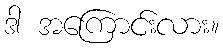
ဒါ အကြောင်းလား။